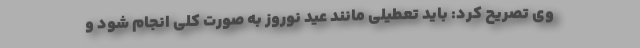
وی تصریح کرد: باید تعطیلی مانند عید نوروز به صورت کلی انجام شود و